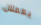
يعملان